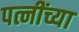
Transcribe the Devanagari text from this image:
पत्नींच्या